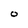
Character: O